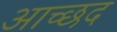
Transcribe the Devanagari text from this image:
आच्छद